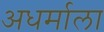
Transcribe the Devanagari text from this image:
अधर्माला